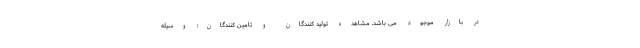
در بازار موجود می باشد. مشاهده تولید کنندگان و تامین کنندگان: وسیله